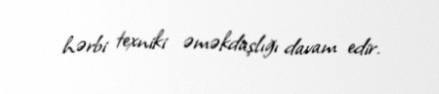
hərbi texniki əməkdaşlığı davam edir.